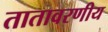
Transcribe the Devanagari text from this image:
तातावरणीय